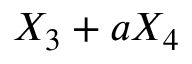
X _ { 3 } + a X _ { 4 }